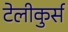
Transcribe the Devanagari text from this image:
टेलीकुर्स